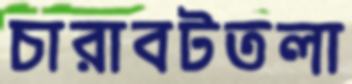
চারাবটতলা